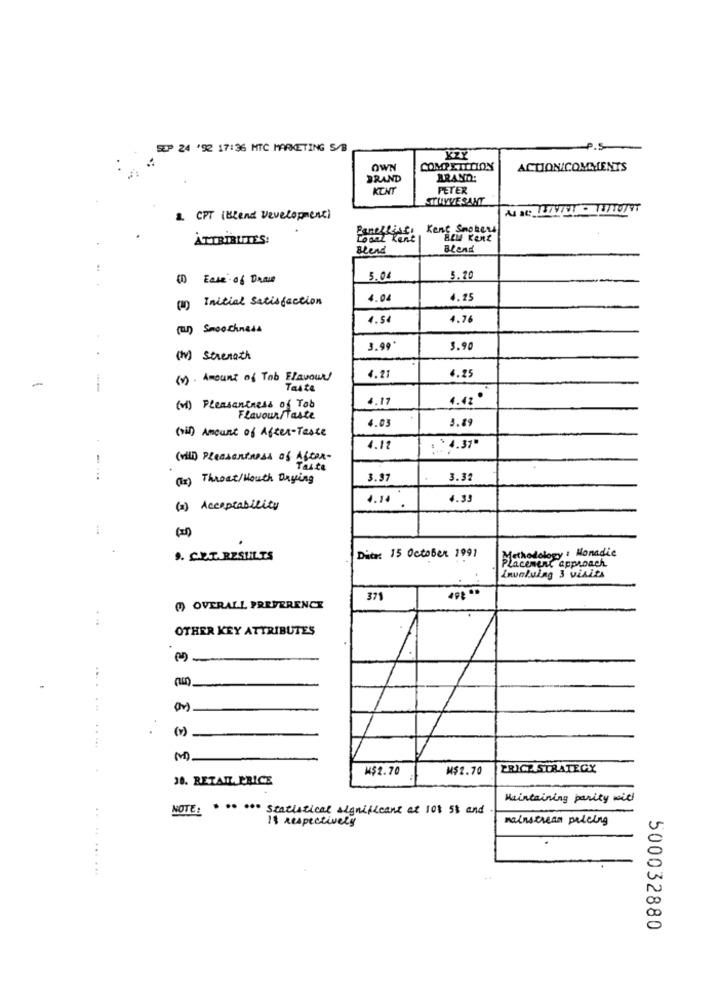
SOP 24 '92 17:36 MTC MARKETING S/B
KZY
OWN
COMPETITION
ACTIONICOMMENTS
BRAND
BRAND:
KENT
PETER
STUYVESANT
2. CPT (Blend Development)
Panellist
Kent Smokers
ATTRIBUTES:
LoonZ Kent
BEM Kent
Blend
Blend
(1) Ease of Draw
5.04
5.20
(II) Initial Satisfaction
4.04
4.25
4.54
4.76
(un) Smoothness
3.99*
3.90
(v) Strength
-
(v). Amount of Tab Flavours
4.21
4.25
Tante
4.17
4.42 .
(vi) Pleasantness of Tob
Flavour/Taste
4.03
3.89
(vi) Amount of After-Taste
4.12
: 4.37"
(vili) Pleasantness of After-
Taste
(2) Throat/Houth Drying
3.97
3.32
4.14
4.35
(2) Acceptability
-
fechodology : Monadic
D. C.T.RESULTS
Dita: 15 October 1991
Inunluing 3 visits
Placement approach
371
()OVERALL PREFERENCE
OTHER KEY ATTRIBUTES
-
(M)
W$2.70
M$2.70
PRICE STRATEGY
38. RETAIL PRICE
Maintaining parity will
NOTE: . .. ... Statistical significant at 108 5% and
Is respectively
mainstream pricing
....... ...
500032880